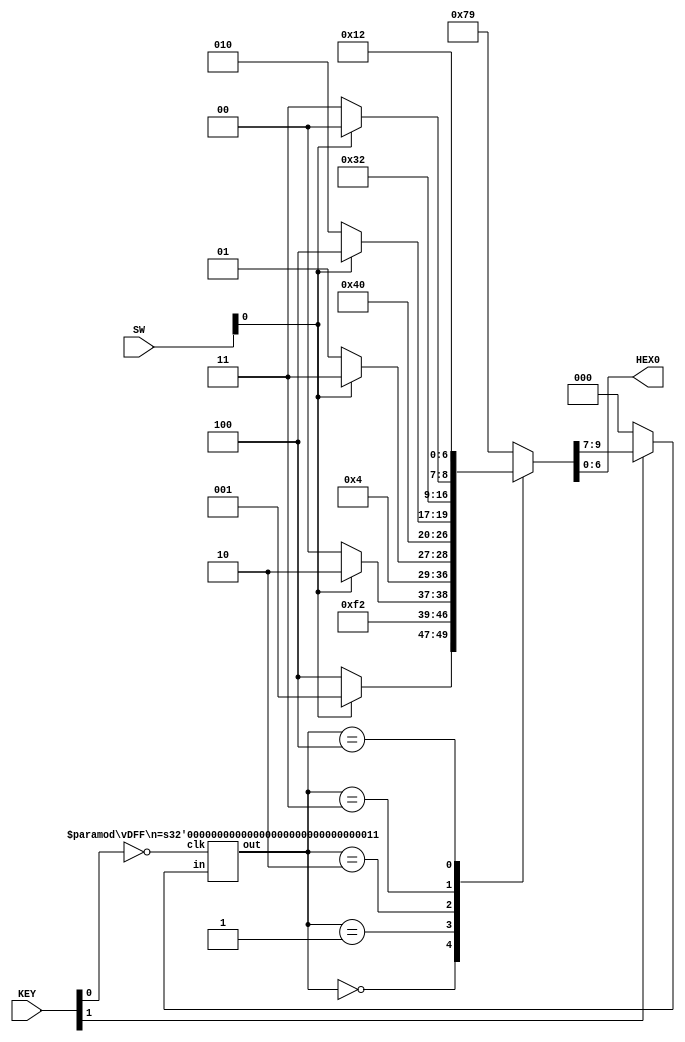
module lab4_top(SW,KEY,HEX0);
  input [9:0] SW;
  input [3:0] KEY;
  output [6:0] HEX0;

  // put your state machine code here!

  wire clk = ~KEY[0];
  wire reset= ~KEY[1];
  wire in =  SW[0];

  reg [6:0] HEX0;

  `define SW 3
  `define Sa 3'b000
  `define Sb 3'b001
  `define Sc 3'b010
  `define Sd 3'b011
  `define Se 3'b100

  wire [2:0] present_state, next_state_reset;
  reg [2:0] next_state;

  vDFF #(`SW) STATE(clk,next_state_reset,present_state);

  // reset logic
  assign next_state_reset = reset ? 3'b000 : next_state;

  // next state and output logic
  always @(*) begin
    case (present_state)
      `Sa: {next_state,HEX0} = { (in ? `Sb : `Se), 7'b1111001 }; //1 0000110
      `Sb: {next_state,HEX0} = { (in ? `Sc : `Sa), 7'b0000010 }; //6 1111101
      `Sc: {next_state,HEX0} = { (in ? `Sd : `Sb), 7'b1000000 }; //0 0111111
      `Sd: {next_state,HEX0} = { (in ? `Se : `Sc), 7'b0011001 }; //4 1100110
      `Se: {next_state,HEX0} = { (in ? `Sa : `Sd), 7'b0010010 }; //5 1101101
      default: {next_state,HEX0} = 10'b0001111001;
    endcase
  end

endmodule


module vDFF(clk, in, out) ;
  parameter n = 1;  // width
  input clk ;
  input [n-1:0] in ;
  output [n-1:0] out ;
  reg [n-1:0] out ;

  always @(posedge clk)
    out = in ;
endmodule